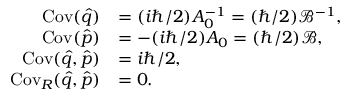
\begin{array} { r l } { \operatorname { C o v } ( \hat { q } ) } & { = ( i \hbar / 2 ) A _ { 0 } ^ { - 1 } = ( \hbar / 2 ) \mathcal { B } ^ { - 1 } , } \\ { \operatorname { C o v } ( \hat { p } ) } & { = - ( i \hbar / 2 ) A _ { 0 } = ( \hbar / 2 ) \mathcal { B } , } \\ { \operatorname { C o v } ( \hat { q } , \hat { p } ) } & { = i \hbar / 2 , } \\ { \operatorname { C o v } _ { R } ( \hat { q } , \hat { p } ) } & { = 0 . } \end{array}